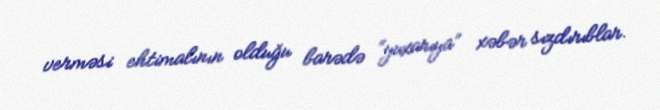
verməsi ehtimalının olduğu barədə “yuxarıya” xəbər sızdırıblar.